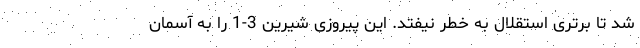
شد تا برتری استقلال به خطر نیفتد. این پیروزی شیرین 3-1 را به آسمان